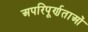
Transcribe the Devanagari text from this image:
अपरिपूर्णताओं